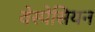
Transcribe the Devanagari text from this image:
वेस्पेसियन